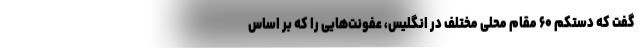
گفت که دستکم ۶۰ مقام محلی مختلف در انگلیس، عفونت‌هایی را که بر اساس